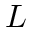
L